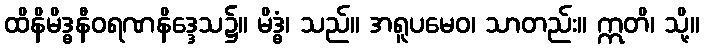
ထိနိမိဒ္ဓနီဝရဏနိဒ္ဒေသ၌။ မိဒ္ဓံ၊ သည်။ အရူပမေဝ၊ သာတည်း။ ဣတိ၊ သို့။